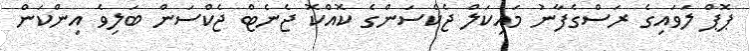
ޕޮޕް ލަވައިގެ ރަސްގެފާނު މައިކަލް ޖެކްސަންގެ ކޮއްކޮ ޖެނެޓް ޖެކްސަން ބަލިވެ އިންކަން